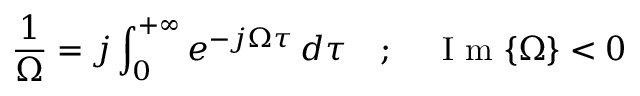
\frac { 1 } { \Omega } = j \int _ { 0 } ^ { + \infty } e ^ { - j \Omega \tau } \, d \tau \quad ; \quad \mathrm { ~ I ~ m ~ } \{ \Omega \} < 0